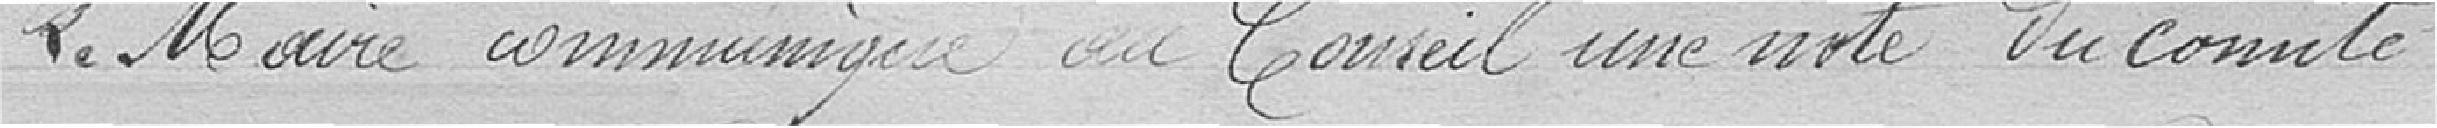
Le Maire communique au Conseil une note du comité